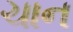
ચાન